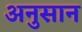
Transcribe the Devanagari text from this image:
अनुसान